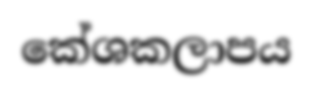
කේශකලාපය